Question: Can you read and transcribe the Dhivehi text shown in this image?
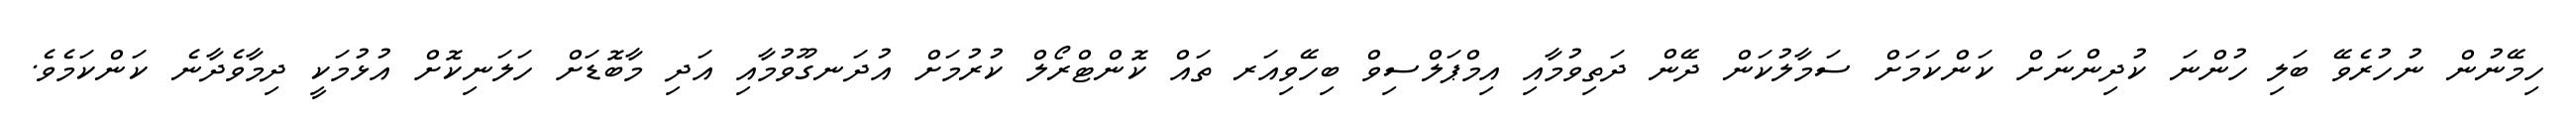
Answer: ހިމޭނުން ނުހުރެވޭ ބަލި ހުންނަ ކުދިންނަށް ކަންކަމަށް ސަމާލުކަން ދޭން ދަތިވުމާއި އިމްޕަލްސިވް ބިހޭވިއަރ ތައް ކޮންޓްރޯލް ކުރުމަށް އުދަނގޫވުމާއި އަދި މާބޮޑަށް ހަލަނިކޮށް އުޅުމަކީ ދިމާވެދާނެ ކަންކަމެވެ.